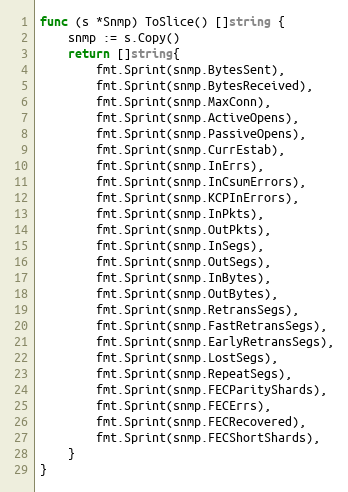
Language: Go
func (s *Snmp) ToSlice() []string {
	snmp := s.Copy()
	return []string{
		fmt.Sprint(snmp.BytesSent),
		fmt.Sprint(snmp.BytesReceived),
		fmt.Sprint(snmp.MaxConn),
		fmt.Sprint(snmp.ActiveOpens),
		fmt.Sprint(snmp.PassiveOpens),
		fmt.Sprint(snmp.CurrEstab),
		fmt.Sprint(snmp.InErrs),
		fmt.Sprint(snmp.InCsumErrors),
		fmt.Sprint(snmp.KCPInErrors),
		fmt.Sprint(snmp.InPkts),
		fmt.Sprint(snmp.OutPkts),
		fmt.Sprint(snmp.InSegs),
		fmt.Sprint(snmp.OutSegs),
		fmt.Sprint(snmp.InBytes),
		fmt.Sprint(snmp.OutBytes),
		fmt.Sprint(snmp.RetransSegs),
		fmt.Sprint(snmp.FastRetransSegs),
		fmt.Sprint(snmp.EarlyRetransSegs),
		fmt.Sprint(snmp.LostSegs),
		fmt.Sprint(snmp.RepeatSegs),
		fmt.Sprint(snmp.FECParityShards),
		fmt.Sprint(snmp.FECErrs),
		fmt.Sprint(snmp.FECRecovered),
		fmt.Sprint(snmp.FECShortShards),
	}
}